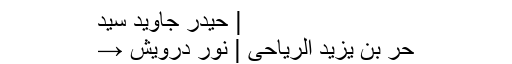
| حیدر جاوید سید
حُر بن یزید الریاحیؑ | نور درویش →